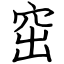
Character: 窋